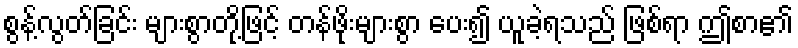
စွန့်လွတ်ခြင်း များစွာတို့ဖြင့် တန်ဖိုးများစွာ ပေး၍ ယူခဲ့ရသည် ဖြစ်ရာ ဤစာ၏